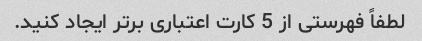
لطفاً فهرستی از 5 کارت اعتباری برتر ایجاد کنید.